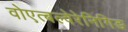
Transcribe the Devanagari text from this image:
वोएत्बल्वेरेनिगिङ